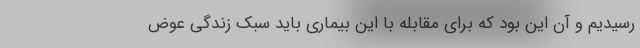
رسیدیم و آن این بود که برای مقابله با این بیماری باید سبک زندگی عوض